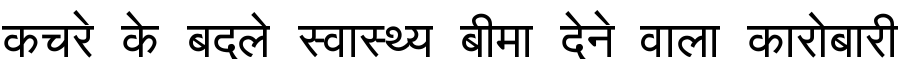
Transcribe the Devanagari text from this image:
कचरे के बदले स्वास्थ्य बीमा देने वाला कारोबारी